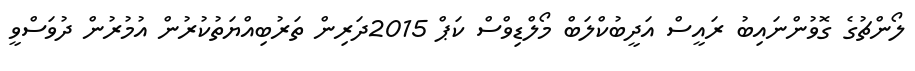
ލޯންޗުގެ ގޮވުންނައިބު ރައީސް އަދީބުކްލަބް މޯލްޑިވްސް ކަޕް 2015ދަރިން ތަރުބިއްޔަތުކުރުން އުމުރުން ދުވަސްވީ